Civil Veterinary Department. Central Provinces & Berar 1932-41 - 1932-1941
Year: 1932
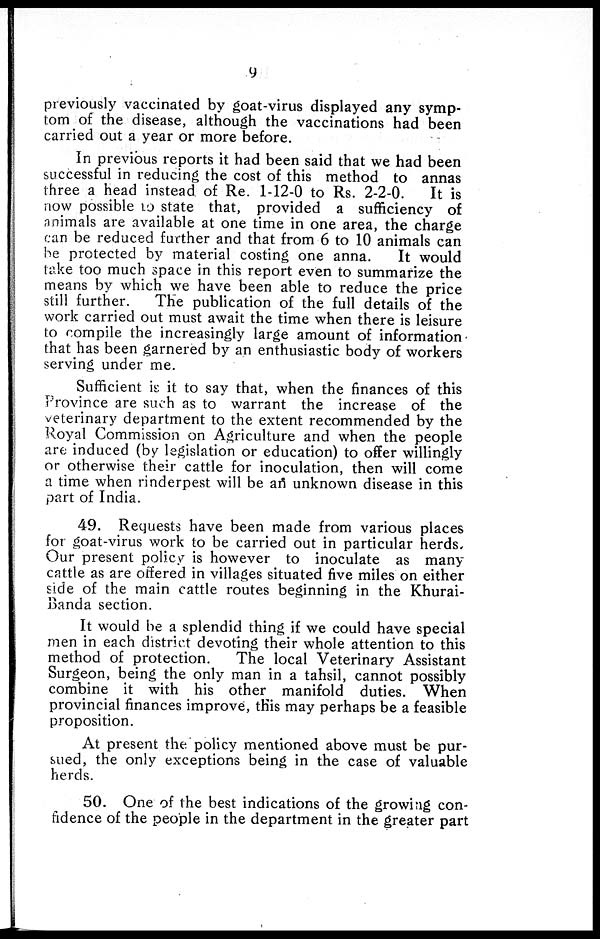
9
previously vaccinated by goat-virus displayed any symp-
tom of the disease, although the vaccinations had been
carried out a year or more before.
In previous reports it had been said that we had been
successful in reducing the cost of this method to annas
three a head instead of Re. 1-12-0 to Rs. 2-2-0.
It is
now possible to state that, provided a sufficiency of
animals are available at one time in one area, the charge
can be reduced further and that from 6 to 10 animals can
be protected by material costing one anna.
It would
take too much space in this report even to summarize the
means by which we have been able to reduce the price
still further.
The publication of the full details of the
work carried out must await the time when there is leisure
to compile the increasingly large amount of information
that has been garnered by an enthusiastic body of workers
serving under me.
Sufficient is it to say that, when the finances of this
Province are such as to warrant the increase of the
veterinary department to the extent recommended by the
Royal Commission on Agriculture and when the people
are induced (by legislation or education) to offer willingly
or otherwise their cattle for inoculation, then will come
a time when rinderpest will be an unknown disease in this
part of India.
49. Requests have been made from various places
for goat-virus work to be carried out in particular herds.
Our present policy is however to inoculate as many-
cattle as are offered in villages situated five miles on either
side of the main cattle routes beginning in the Khurai-
Banda section.
It would be a splendid thing if we could have special
men in each district devoting their whole attention to this
method of protection.
The local Veterinary Assistant
Surgeon, being the only man in a tahsil, cannot possibly
combine it with his other manifold duties. When
provincial finances improve, this may perhaps be a feasible
proposition.
At present the policy mentioned above must be pur-
sued, the only exceptions being in the case of valuable
herds.
50. One of the best indications of the growing con-
fidence of the people in the department in the greater part